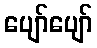
ပျော်ပျော်